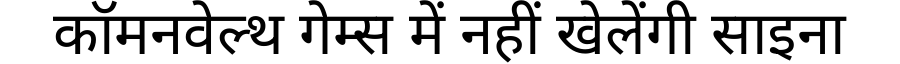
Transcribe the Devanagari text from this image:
कॉमनवेल्थ गेम्स में नहीं खेलेंगी साइना